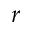
r